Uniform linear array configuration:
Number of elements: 64
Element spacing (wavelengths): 0.25
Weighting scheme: blackman
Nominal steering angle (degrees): -30
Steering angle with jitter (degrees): -30.631
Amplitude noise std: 0.05
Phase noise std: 0.05

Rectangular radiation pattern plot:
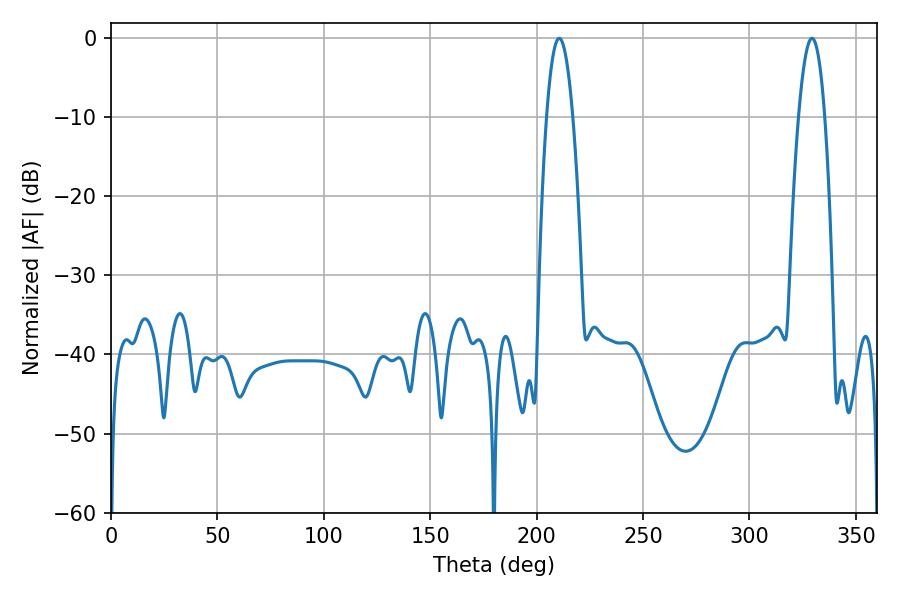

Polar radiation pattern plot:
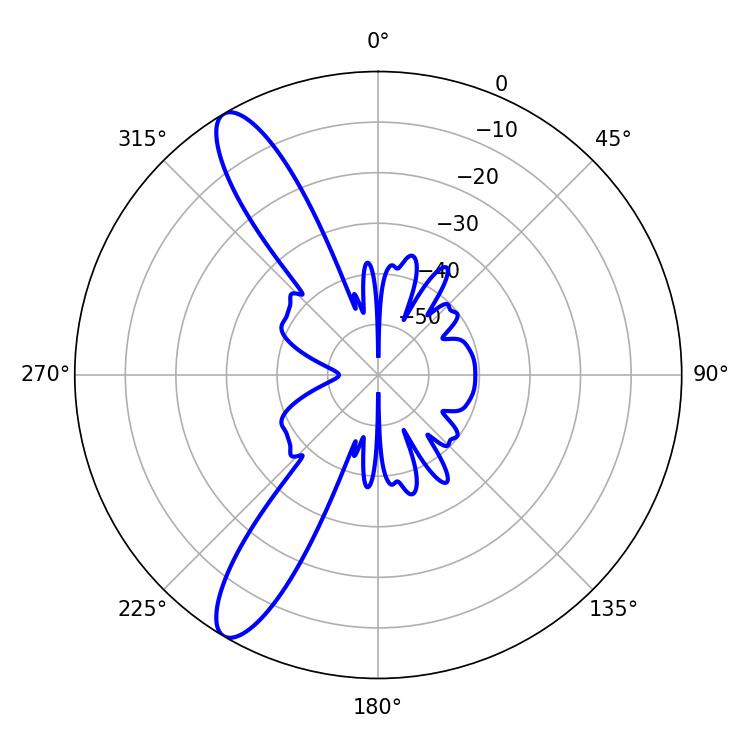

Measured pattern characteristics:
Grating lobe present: FALSE
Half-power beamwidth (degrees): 6.66
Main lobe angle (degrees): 210.6